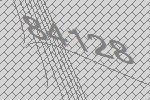
84128